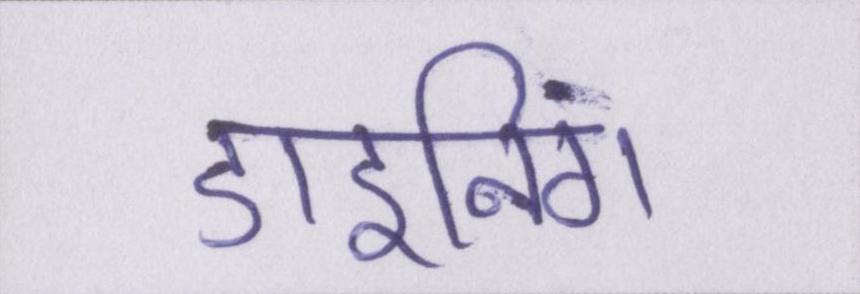
डाइनिंग